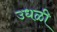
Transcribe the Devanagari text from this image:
उधळी